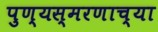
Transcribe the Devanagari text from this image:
पुण्यस्मरणाच्या